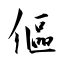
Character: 傴